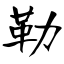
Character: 勒